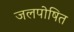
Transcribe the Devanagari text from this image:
जलपोषित